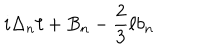
i \Delta _ { n } \ell + B _ { n } - { \frac { 2 } { 3 } } \ell b _ { n }